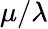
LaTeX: \mu/\lambda